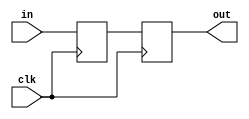
`timescale 1ns / 1ps
//////////////////////////////////////////////////////////////////////////////////
// Company: 
// Engineer: 
// 
// Design Name: 
// Module Name:    syncronizer 
// Project Name: 
// Target Devices: 
// Tool versions: 
// Description: 
//
// Dependencies: 
//
// Revision: 
// Revision 0.01 - File Created
// Additional Comments: 
//
//////////////////////////////////////////////////////////////////////////////////
module syncronizer(
    input clk,
    input in,
    output reg out
    );

reg SYNC_DEBNC_RST_temp;


always@(posedge clk)
begin
	SYNC_DEBNC_RST_temp <= in;
	out <= SYNC_DEBNC_RST_temp ;
	//SYNC_DEBNC_BTN <= DEBNC_BTN;//only for part C
end
endmodule